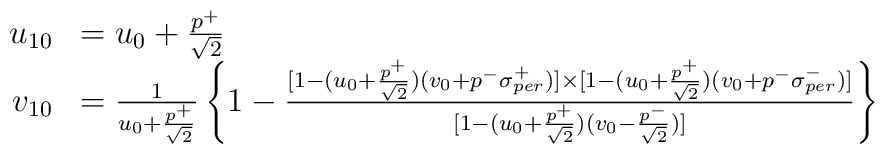
\begin{array}{rl}u_{10} & = u_0 + \frac{p^+}{\sqrt{2}} \\v_{10} & = \frac{1}{u_0+\frac{p^+}{\sqrt{2}}} \left\{ 1-\frac{[1-   (u_0+\frac{p^{+}}{\sqrt{2}})(v_0+p^{-}\sigma _{per}^{+})]\times   [1-(u_0+\frac{p^{+}}{\sqrt{2}})(v_0+p^{-}\sigma _{per}^{-})]}   {[1-(u_0+\frac{p^{+}}{\sqrt{2}})(v_0-\frac{p^{-}}{\sqrt{2}})]}\right\}\end{array}